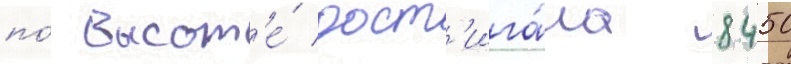
по́ высот'е́ дост'ига́ла 8450